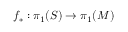
f _ { * } : \pi _ { 1 } ( S ) \to \pi _ { 1 } ( M )